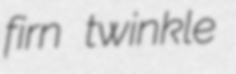
firn twinkle